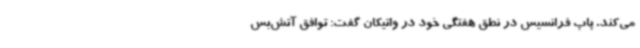
می‌کند. پاپ فرانسیس در نطق هفتگی خود در واتیکان گفت: توافق آتش‌بس